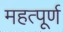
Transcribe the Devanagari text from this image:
महत्‍पूर्ण